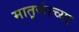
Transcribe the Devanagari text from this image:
मातृकांच्या